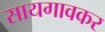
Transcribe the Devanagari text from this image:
सायगावकर